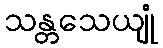
သန္တသေယျုံ